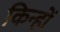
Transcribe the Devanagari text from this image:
किन्हों